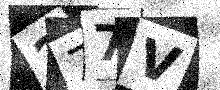
Text: 277V